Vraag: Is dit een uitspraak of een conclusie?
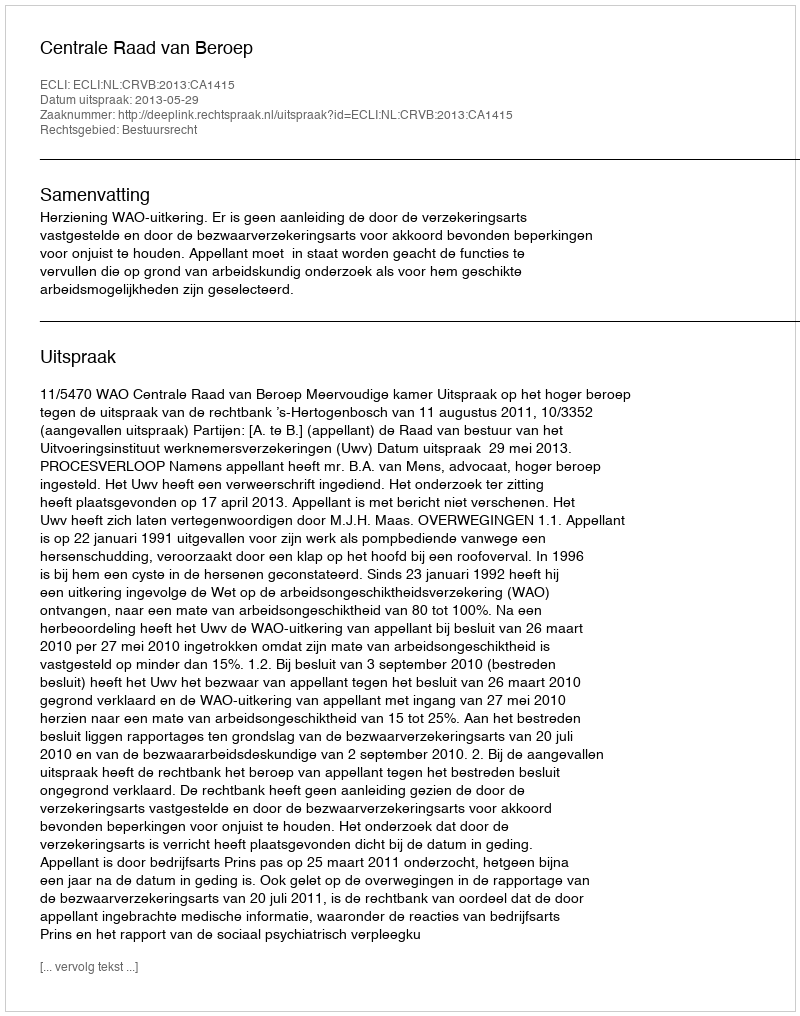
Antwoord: Uitspraak